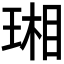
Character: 𤧇